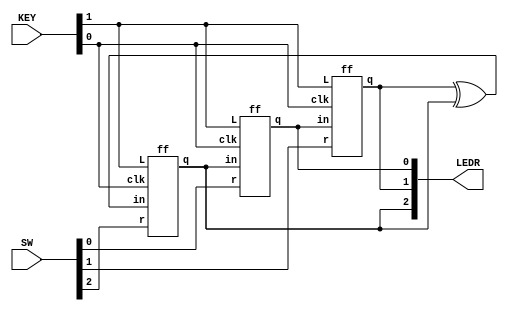
module top_module (
	input [2:0] SW,      // R
	input [1:0] KEY,     // L and clk
	output [2:0] LEDR);  // Q

    ff u0(KEY[0] , KEY[1] , SW[0] , LEDR[2] , LEDR[0]);
    ff u1(KEY[0] , KEY[1] , SW[1] , LEDR[0] , LEDR[1]);
    ff u2(KEY[0] , KEY[1] , SW[2] , LEDR[1]^LEDR[2] , LEDR[2]);

endmodule

module ff (
    input clk,
	input L,
    input r,in,
    output reg q);
    
    always@(posedge clk)
        q <= L ? r : in;
    
endmodule